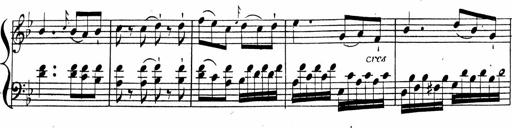
Title: 2 Piano Sonatinas
Composer: Ferdinand Ries